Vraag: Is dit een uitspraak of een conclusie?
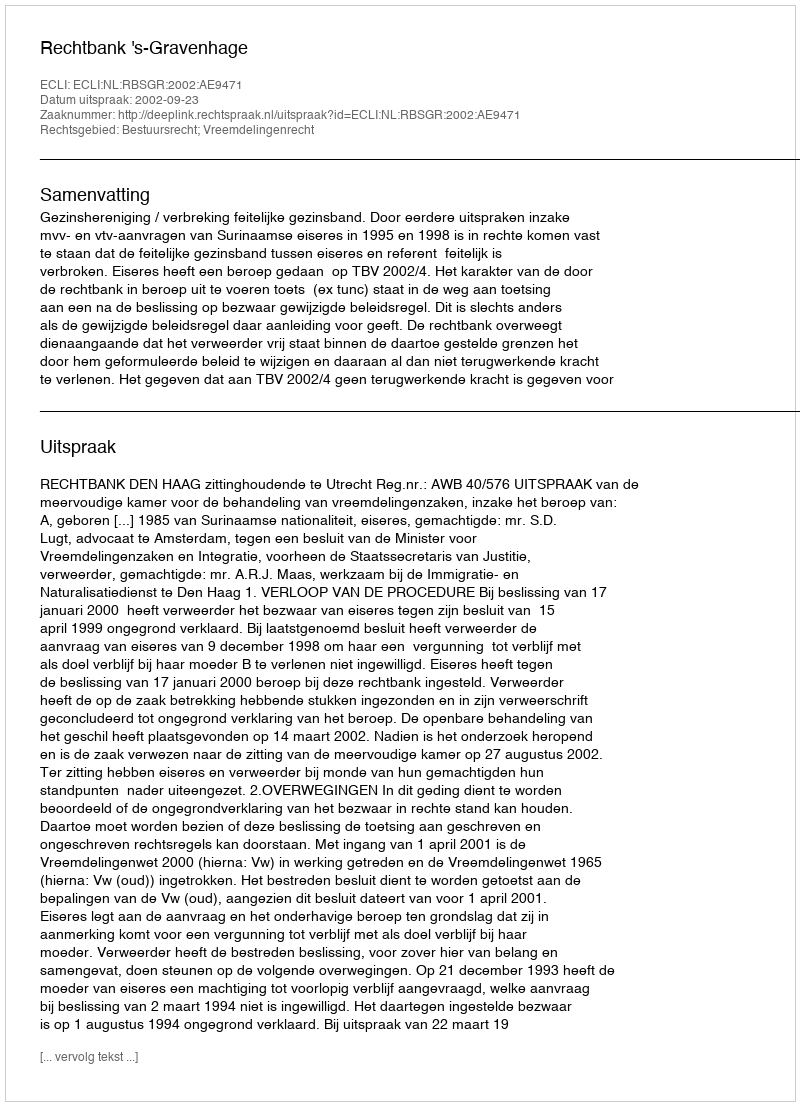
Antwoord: Uitspraak